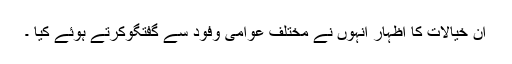
ان خیالات کا اظہار انہوں نے مختلف عوامی وفود سے گفتگوکرتے ہوئے کیا ۔